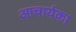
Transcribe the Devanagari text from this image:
आचार्यका